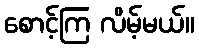
စောင့်ကြ လိမ့်မယ်။